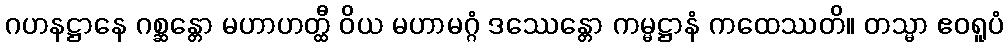
ဂဟနဋ္ဌာနေ ဂစ္ဆန္တော မဟာဟတ္ထီ ဝိယ မဟာမဂ္ဂံ ဒဿေန္တော ကမ္မဋ္ဌာနံ ကထေဿတိ။ တသ္မာ ဧဝရူပံ